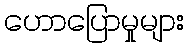
ဟောပြောမှုများ